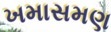
ખમાસમણ